Vaccination in Burma 1900-1911 - 1900-1911
Year: 1900
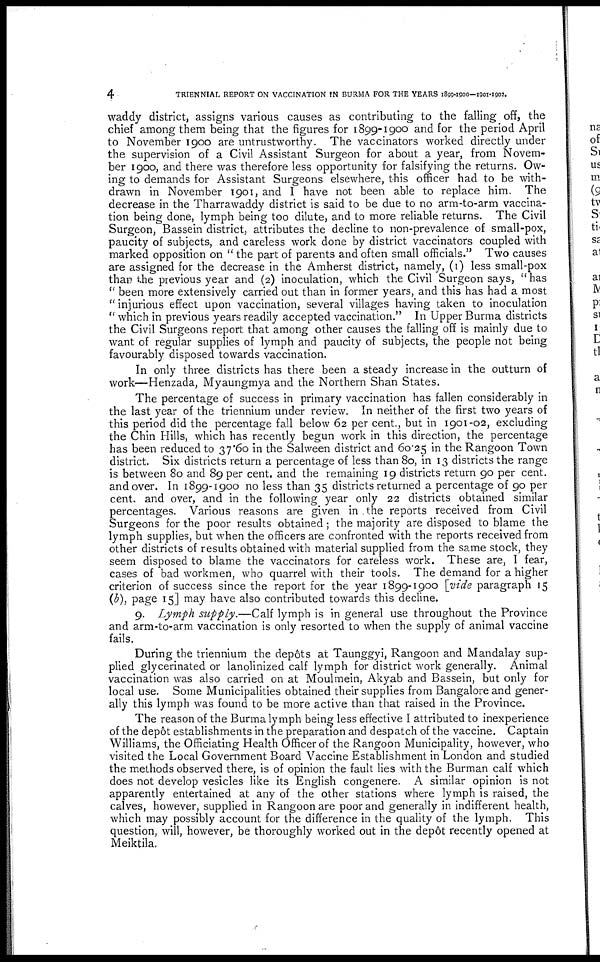
4
TRIENNIAL REPORT ON VACCINATION IN BURMA FOR THE YEARS 1899-1900-1901-1902.
waddy district, assigns various causes as contributing to the falling off, the
chief among them being that the figures for 1899-1900 and for the period April
to November 1900 are untrustworthy. The vaccinators worked directly under
the supervision of a Civil Assistant Surgeon for about a year, from Novem-
ber 1900, and there was therefore less opportunity for falsifying the returns. Ow-
ing to demands for Assistant Surgeons elsewhere, this officer had to be with-
drawn in November 1901, and I have not been able to replace him. The
decrease in the Tharrawaddy district is said to be due to no arm-to-arm vaccina-
tion being done, lymph being too dilute, and to more reliable returns. The Civil
Surgeon, Bassein district, attributes the decline to non-prevalence of small-pox,
paucity of subjects, and careless work done by district vaccinators coupled with
marked opposition on " the part of parents and often small officials." Two causes
are assigned for the decrease in the Amherst district, namely, (1) less small-pox
than the previous year and (2) inoculation, which the Civil Surgeon says, " has
''been more extensively carried out than in former years, and this has had a most
"injurious effect upon vaccination, several villages having taken to inoculation
" which in previous years readily accepted vaccination." In Upper Burma districts
the Civil Surgeons report that among other causes the falling off is mainly due to
want of regular supplies of lymph and paucity of subjects, the people not being
favourably disposed towards vaccination.
In only three districts has there been a steady increase in the outturn of
work—Henzada, Myaungmya and the Northern Shan States.
The percentage of success in primary vaccination has fallen considerably in
the last year of the triennium under review. In neither of the first two years of
this period did the percentage fall below 62 per cent., but in 1901-02, excluding
the Chin Hills, which has recently begun work in this direction, the percentage
has been reduced to 37.60 in the Salween district and 60.25 in the Rangoon Town
district. Six districts return a percentage of less than 80, in 13 districts the range
is between 80 and 89 per cent. and the remaining 19 districts return 90 per cent.
and over. In 1899-1900 no less than 35 districts returned a percentage of 90 per
cent. and over, and in the following year only 22 districts obtained similar
percentages. Various reasons are given in the reports received from Civil
Surgeons for the poor results obtained; the majority are disposed to blame the
lymph supplies, but when the officers are confronted with the reports received from
other districts of results obtained with material supplied from the same stock, they
seem disposed to blame the vaccinators for careless work. These are, I fear,
cases of bad workmen, who quarrel with their tools. The demand for a higher
criterion of success since the report for the year 1899-1900 [vide paragraph 15
(b), page 15] may have also contributed towards this decline.
9. Lymph supply.—Calf lymph is in general use throughout the Province
and arm-to-arm vaccination is only resorted to when the supply of animal vaccine
fails.
During the triennium the depôts at Taunggyi, Rangoon and Mandalay sup-
plied glycerinated or lanolinized calf lymph for district work generally. Animal
vaccination was also carried on at Moulmein, Akyab and Bassein, but only for
local use. Some Municipalities obtained their supplies from Bangalore and gener-
ally this lymph was found to be more active than that raised in the Province.
The reason of the Burma lymph being less effective I attributed to inexperience
of the depot establishments in the preparation and despatch of the vaccine. Captain
Williams, the Officiating Health Officer of the Rangoon Municipality, however, who
visited the Local Government Board Vaccine Establishment in London and studied
the methods observed there, is of opinion the fault lies with the Burman calf which
does not develop vesicles like its English congenere. A similar opinion is not
apparently entertained at any of the other stations where lymph is raised, the
calves, however, supplied in Rangoon are poor and generally in indifferent health,
which may possibly account for the difference in the quality of the lymph. This
question, will, however, be thoroughly worked out in the depôt recently opened at
Meiktila.